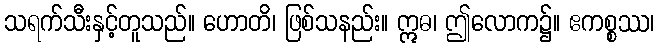
သရက်သီးနှင့်တူသည်။ ဟောတိ၊ ဖြစ်သနည်း။ ဣဓ၊ ဤလောက၌။ ဧကစ္စဿ၊